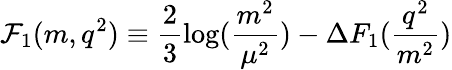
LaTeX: {\cal F}_{1}(m,q^{2})\equiv\frac{2}{3}\log(\frac{m^{2}}{\mu^{2}})-\Delta F_{1}(\frac{q^{2}}{m^{2}})